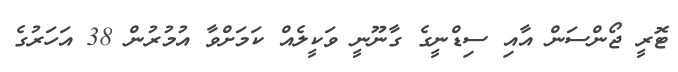
ޓޮރީ ޖޯންސަން އާއި ސިޑްނީގެ ގާނޫނީ ވަކީލެއް ކަމަށްވާ އުމުރުން 38 އަހަރުގެ